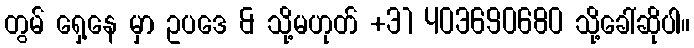
တွမ် ရှေ့နေ မှာ ဥပဒေ & သို့မဟုတ် +31 403690680 သို့ခေါ်ဆိုပါ။